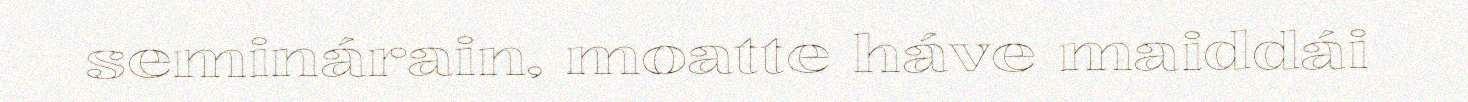
seminárain, moatte háve maiddái